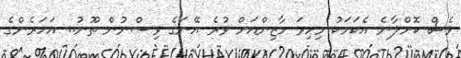
ވެސް ކޮށްލާނެ އެކަމަކު މިހިރަ މާޒިންއަށް ވުރެ އޭނަގެ ވިސްނުން ތޫނު.. އަހަރެންގެ